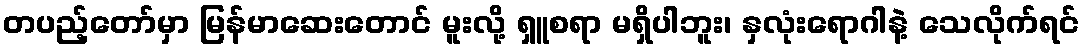
တပည့်တော်မှာ မြန်မာဆေးတောင် မူးလို့ ရှူစရာ မရှိပါဘူး၊ နှလုံးရောဂါနဲ့ သေလိုက်ရင်